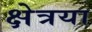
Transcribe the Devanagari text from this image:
क्षेत्रया